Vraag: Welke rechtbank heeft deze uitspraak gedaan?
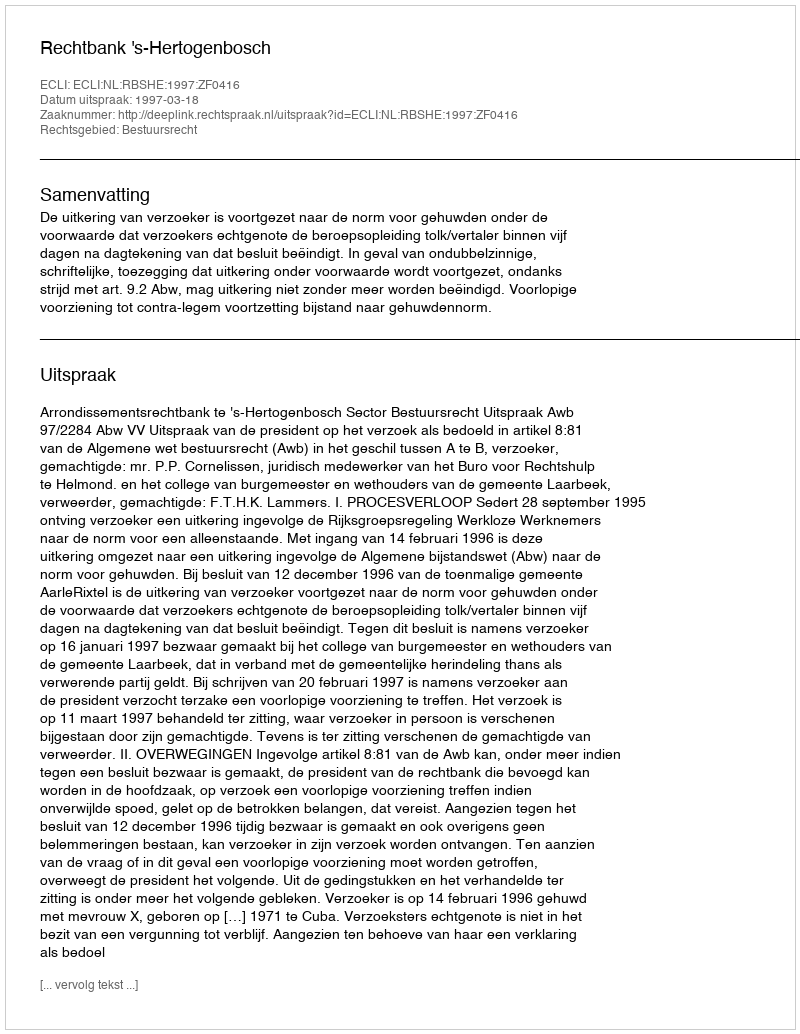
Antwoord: Rechtbank 's-Hertogenbosch